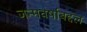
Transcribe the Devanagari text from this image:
जन्मवर्षाबद्दल